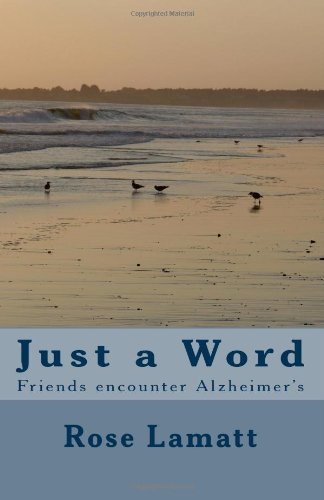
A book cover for Just a Word:  Alzheimer's; Rose Lamatt; Health, Fitness & Dieting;